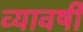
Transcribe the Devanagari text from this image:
व्यावर्षी